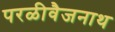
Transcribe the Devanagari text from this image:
परळीवैजनाथ